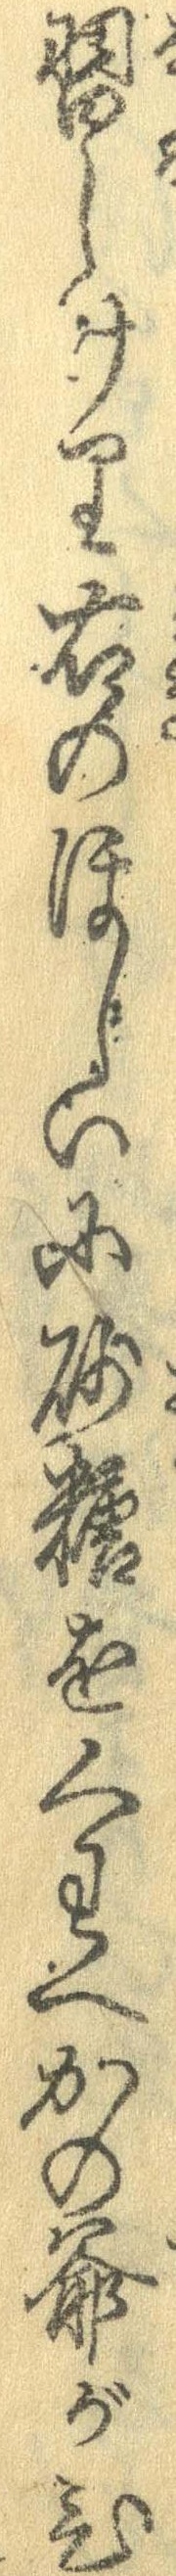
習しけり右のほしいに砂糖をくわへかの爺がひ